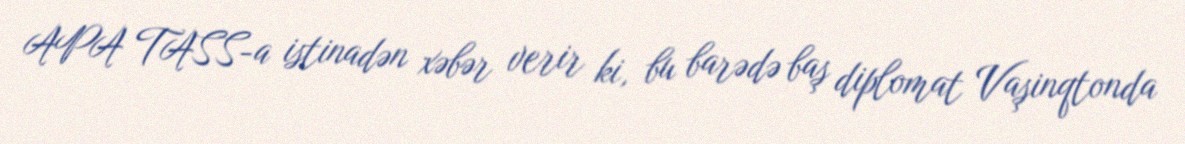
APA TASS-a istinadən xəbər verir ki, bu barədə baş diplomat Vaşinqtonda